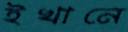
ইখানে